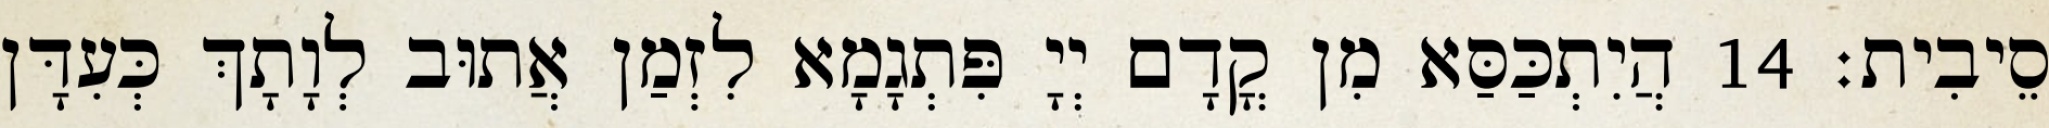
סֵיבִית׃ 14 הֲיִתְכַּסַּא מִן קֳדָם יְיָ פִּתְגָמָא לִזְמַן אֲתוּב לְוָתָךְ כְּעִדָּן